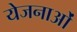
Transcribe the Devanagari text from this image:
येजनाओं